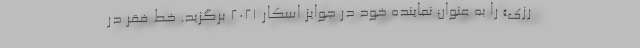
رُزی» را به عنوان نماینده خود در جوایز اسکار ۲۰۲۱ برگزید. خط فقر در